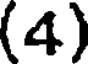
(4)